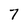
Character: 7